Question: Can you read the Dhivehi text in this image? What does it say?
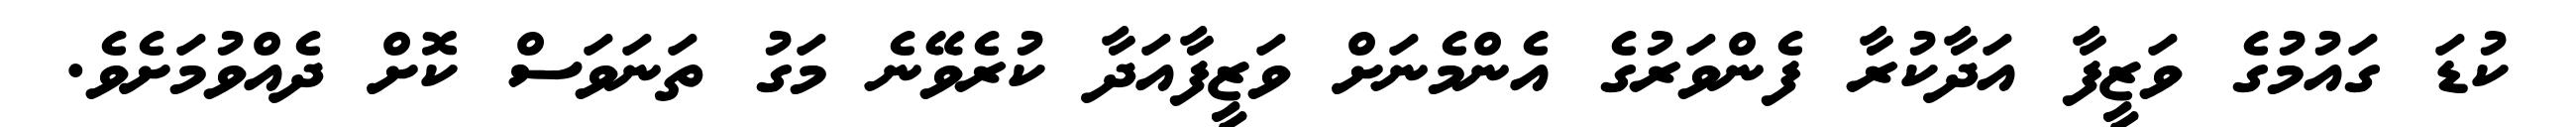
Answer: ކުޑަ ގައުމުގެ ވަޒީފާ އަދާކުރާ ފެންވަރުގެ އެންމެނަށް ވަޒީފާއަދާ ކުރެވޭނެ މަގު ތަނަވަސް ކޮށް ދެއްވުމަށެވެ.